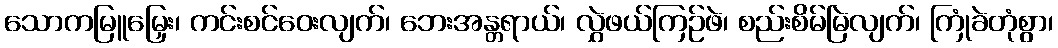
သောကမြူမြှေး၊ ကင်းစင်ဝေးလျက်၊ ဘေးအန္တရာယ်၊ လွှဲဖယ်ကြဉ်ဖဲ၊ စည်းစိမ်မြဲလျက်၊ ကြုံခဲတုံစွာ၊